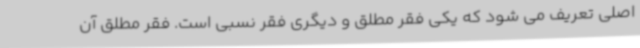
اصلی تعریف می شود که یکی فقر مطلق و دیگری فقر نسبی است. فقر مطلق آن